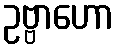
ဥဗ္ဗာဟော